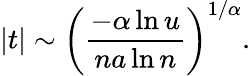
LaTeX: |t|\sim\left({\frac{-\alpha\ln u}{na\ln n}}\right)^{1/\alpha}.